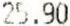
25.90